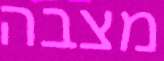
מצבה